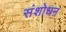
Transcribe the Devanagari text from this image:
संशोधऩ